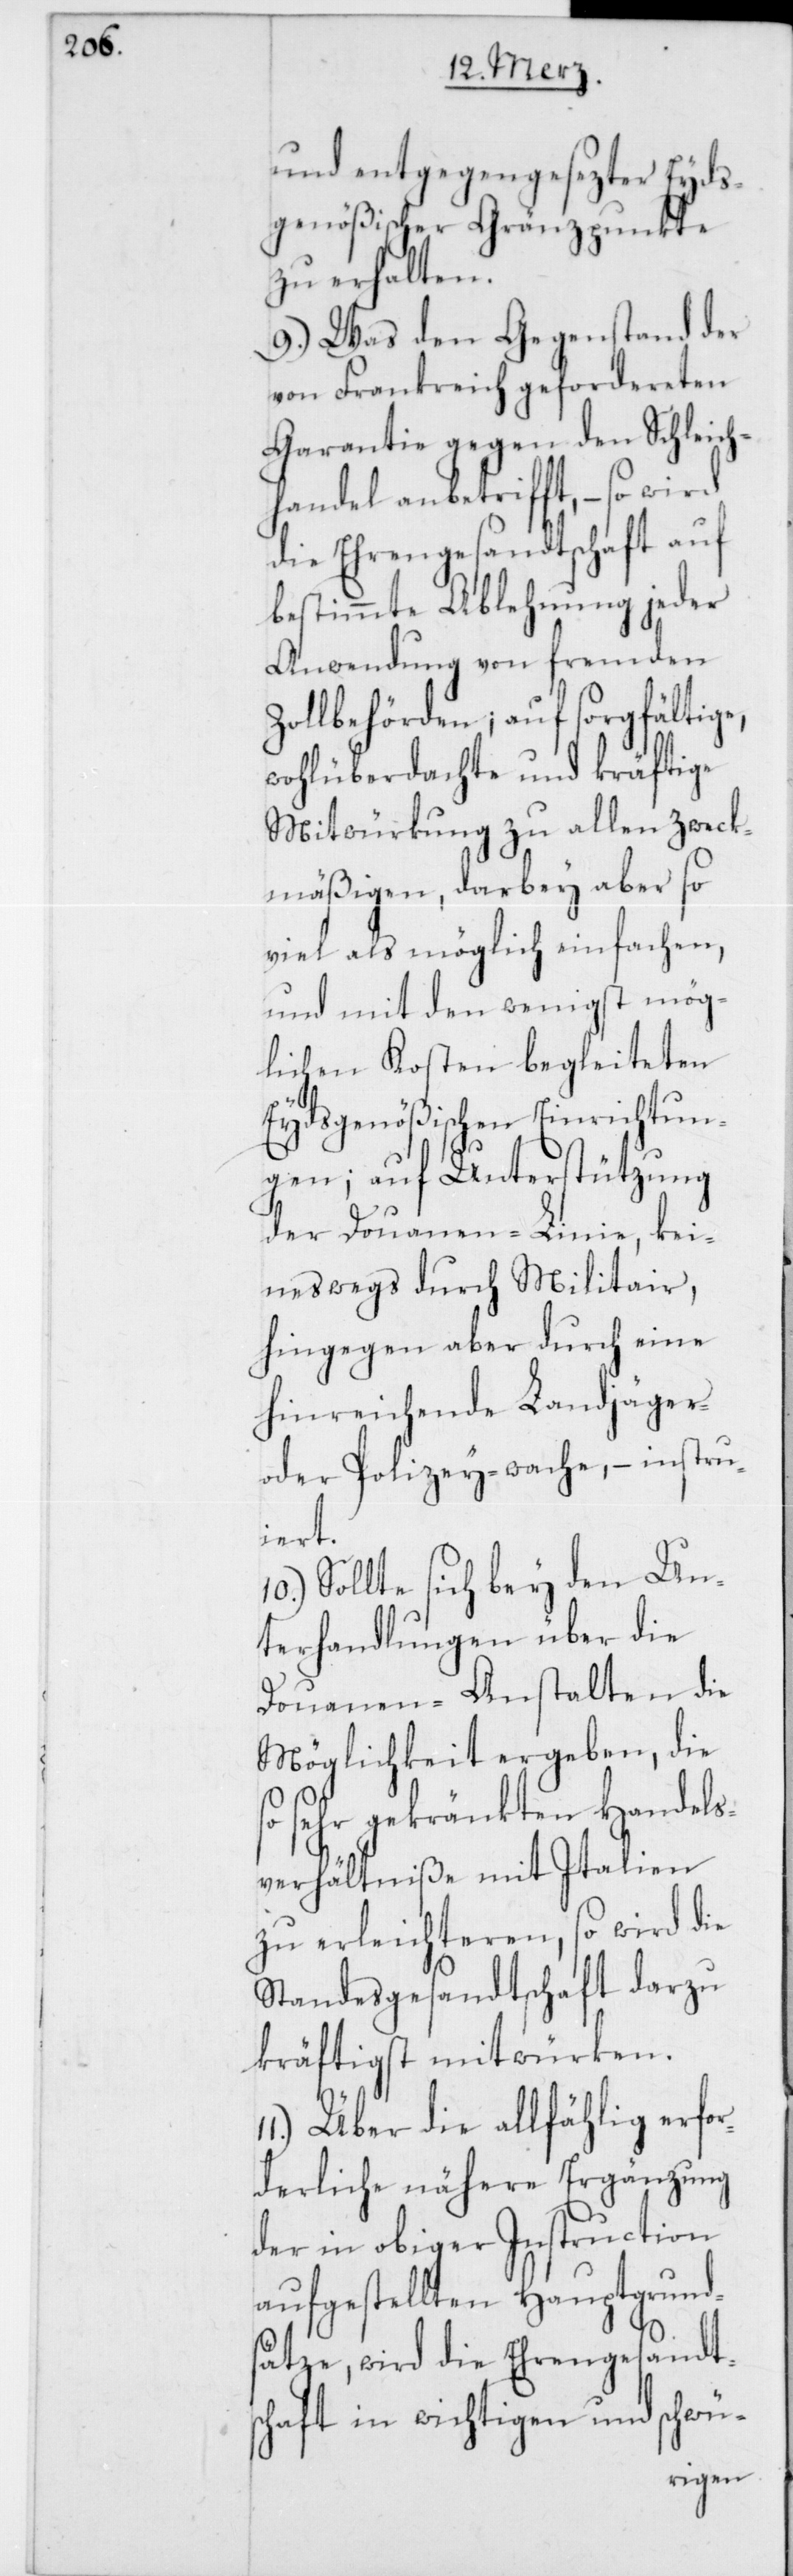
und entgegengesezter Eyds¬
genößischer Gränzpunkte
zu erhalten.
9.) Was den Gegenstand der
von Frankreich gefordereten
Garantie gegen den Schleich¬
handel anbetrifft, – so wird
die Ehrengesandtschaft auf
bestimmte Ablehnung jeder
Anwendung von fremden
Zollbehörden; auf sorgfältige,
wohlüberdachte und kräftige
Mitwürkung zu allen zweck¬
mäßigen, darbey aber so
viel als möglich einfachen,
und mit den wenigst mög¬
lichen Kosten begleiteten
Eydsgenößischen Einrichtun¬
gen; auf Unterstützung
der Douanen-Linie, kei¬
neswegs durch Militair,
hingegen aber durch eine
hinreichende Landjäger-
oder Polizei-wache, – instru¬
iert.
10.) Sollte sich bey den Un¬
terhandlungen über die
Douanen-Anstalten die
Möglichkeit ergeben, die
so sehr gekränkten Handels¬
verhältniße mit Italien
zu erleichteren, so wird die
Standesgesandtschaft darzu
kräftigst mitwürken.
11.) Über die allfählig erfor¬
derliche nähere Ergänzung
der in obiger Instruction
aufgestellten Hauptgrund¬
sätze, wird die Ehrengesandt¬
schaft in wichtigen und schwü-